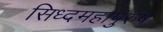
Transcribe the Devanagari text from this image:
सिध्दमहापुरुष